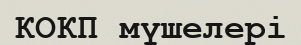
КОКП мүшелері